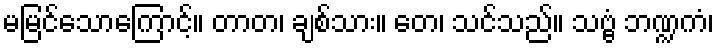
မမြင်သောကြောင့်။ တာတ၊ ချစ်သား။ တေ၊ သင်သည်။ သဗ္ဗံ ဘဏ္ဍကံ၊